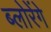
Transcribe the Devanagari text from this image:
ब्लोरेंगे